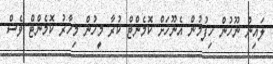
ލައިން ނޫހުން ހިފުމުން އެނޫހަށް ކޮމެންޓް ކުރާ މީހުން މިހާރު ކޮމެންޓް ވެސް